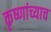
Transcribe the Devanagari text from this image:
कृष्णांच्याच